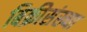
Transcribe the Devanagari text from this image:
बिक्रीसंख्या